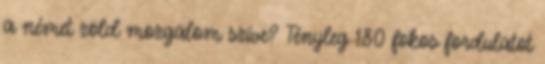
a német zöld mozgalom szíve? Tényleg 180 fokos fordulatot